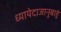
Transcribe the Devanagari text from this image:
ध्यायेदाजानुबाहुं